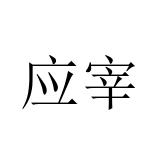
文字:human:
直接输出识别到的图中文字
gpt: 应宰